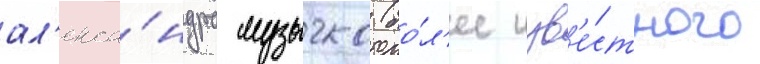
ал'екса́ндра музычко (бо́л'ее изв'е́стного